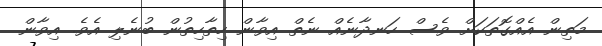
މަތިން އެއްގޮތަކަށް ވެސް ހަނދާނެއް ނެތް އިވާން ހިތާހިތުން ބުނެލި އެވެ. އިވާން